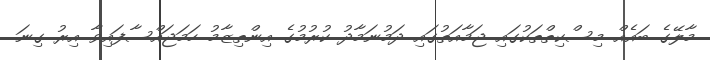
މާލޭގެ ބައެއް މިސްކިތްތަކުގައި ޖަމާއަތުގައި ދަމުނަމާދު ކުރުމުގެ އިންތިޒާމު ހަމަޖައްސާފައިވާ އިރު ގިނަ